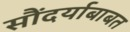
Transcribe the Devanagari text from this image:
सौंदर्याबाबत